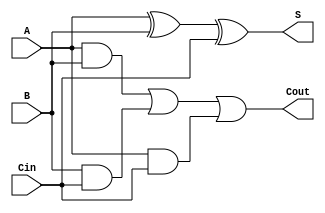
module main (
    input A,
    input B,
    input Cin,
    output S,
    output Cout
);
assign S = A ^ B ^ Cin;
assign Cout = (A & B) | (B & Cin) | (A & Cin);
    
endmodule